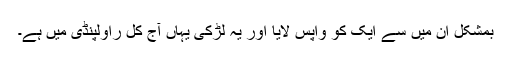
بمشکل ان میں سے ایک کو واپس لایا اور یہ لڑکی یہاں آج کل راولپنڈی میں ہے۔